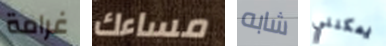
غرامة مساءك شابه يمكنني